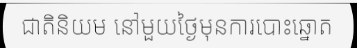
ជាតិនិយម នៅមួយថ្ងៃមុនការបោះឆ្នោត